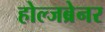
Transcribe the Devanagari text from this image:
होल्जब्रेनर